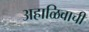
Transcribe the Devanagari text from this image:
अहाळिवाची